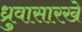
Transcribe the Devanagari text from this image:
ध्रुवासारखे